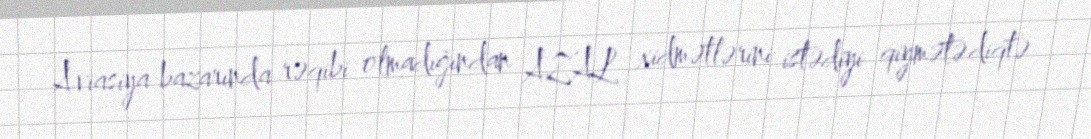
Aviasiya bazarında rəqibi olmadığından AZAL xidmətlərini istədiyi qiymətə diqtə